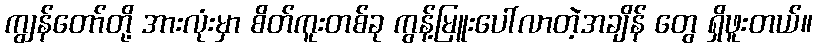
ကျွန်တော်တို့ အားလုံးမှာ စိတ်ကူးတစ်ခု ကွန့်မြူးပေါ်လာတဲ့အချိန် တွေ ရှိဖူးတယ်။